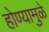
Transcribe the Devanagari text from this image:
होण्यामुळे